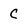
Character: C